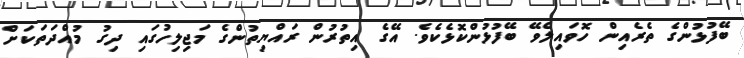
ބޭފުޅުންގެ ތެރެއިން ހޮވައިލެވޭ ބޭފުޅުންކޮޅެކެވެ. އޭގެ އިތުރުން ރައްޔިތުންގެ މަޖިލިހުގައި ދިގު މުއްދަތަކަށް